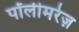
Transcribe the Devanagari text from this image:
पॉलीमरेज़